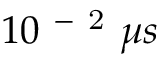
1 0 ^ { \mathrm { ~ - ~ 2 ~ } } \mu s